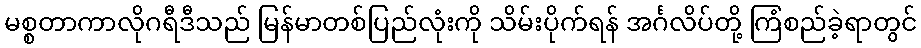
မစ္စတာကာလိုဂရီဒီသည် မြန်မာတစ်ပြည်လုံးကို သိမ်းပိုက်ရန် အင်္ဂလိပ်တို့ ကြံစည်ခဲ့ရာတွင်